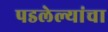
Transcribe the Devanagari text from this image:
पडलेल्यांचा